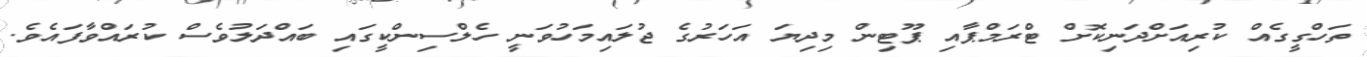
ތަހްގީގެއް ކުރިއަށްދަނިކޮށް ޓްރަމްޕާއި ޕޫޓިން މިދިޔަ އަހަރުގެ ޖުލައިމަހުވަނީ ހެލްސިންކީގައި ބައްދަލުވެސް ކުރައްވާފައެވެ.